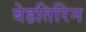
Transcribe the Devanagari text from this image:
बेहतिरिन